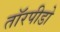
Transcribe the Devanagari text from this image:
तॉरपीडो